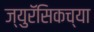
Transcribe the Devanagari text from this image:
ज्युरॅसिकच्या